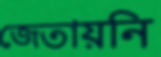
জেতায়নি